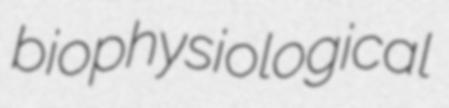
biophysiological